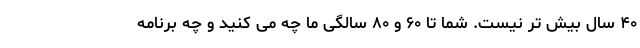
۴۰ سال بیش تر نیست. شما تا ۶۰ و ۸۰ سالگی ما چه می کنید و چه برنامه